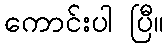
ကောင်းပါ ပြီ။